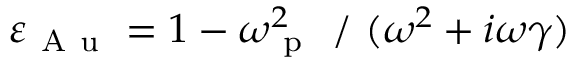
\varepsilon _ { \mathrm { ~ A ~ u ~ } } = 1 - \omega _ { \mathrm { ~ p ~ } } ^ { 2 } \mathrm { ~ / ~ } ( \omega ^ { 2 } + i \omega \gamma )